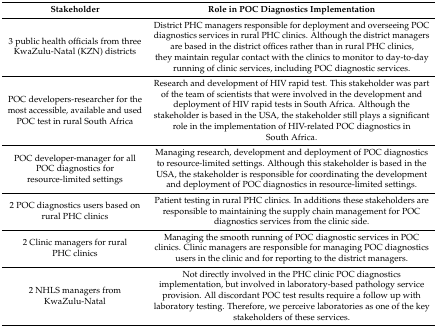
<table><thead><tr><td><b>Stakeholder</b></td><td><b>Role in POC Diagnostics Implementation</b></td></tr></thead><tbody><tr><td>3 public health officials from three KwaZulu-Natal (KZN) districts</td><td>District PHC managers responsible for deployment and overseeing POC diagnostics services in rural PHC clinics. Although the district managers are based in the district offices rather than in rural PHC clinics, they maintain regular contact with the clinics to monitor to day-to-day running of clinic services, including POC diagnostic services.</td></tr><tr><td>POC developers-researcher for the most accessible, available and used POC test in rural South Africa</td><td>Research and development of HIV rapid test. This stakeholder was part of the team of scientists that were involved in the development and deployment of HIV rapid tests in South Africa. Although the stakeholder is based in the USA, the stakeholder still plays a significant role in the implementation of HIV-related POC diagnostics in South Africa.</td></tr><tr><td>POC developer-manager for all POC diagnostics for resource-limited settings</td><td>Managing research, development and deployment of POC diagnostics to resource-limited settings. Although this stakeholder is based in the USA, the stakeholder is responsible for coordinating the development and deployment of POC diagnostics in resource-limited settings.</td></tr><tr><td>2 POC diagnostics users based on rural PHC clinics</td><td>Patient testing in rural PHC clinics. In additions these stakeholders are responsible to maintaining the supply chain management for POC diagnostics services from the clinic side.</td></tr><tr><td>2 Clinic managers for rural PHC clinics</td><td>Managing the smooth running of POC diagnostic services in POC clinics. Clinic managers are responsible for managing POC diagnostics users in the clinic and for reporting to the district managers.</td></tr><tr><td>2 NHLS managers from KwaZulu-Natal</td><td>Not directly involved in the PHC clinic POC diagnostics implementation, but involved in laboratory-based pathology service provision. All discordant POC test results require a follow up with laboratory testing. Therefore, we perceive laboratories as one of the key stakeholders of these services.</td></tr></tbody></table>